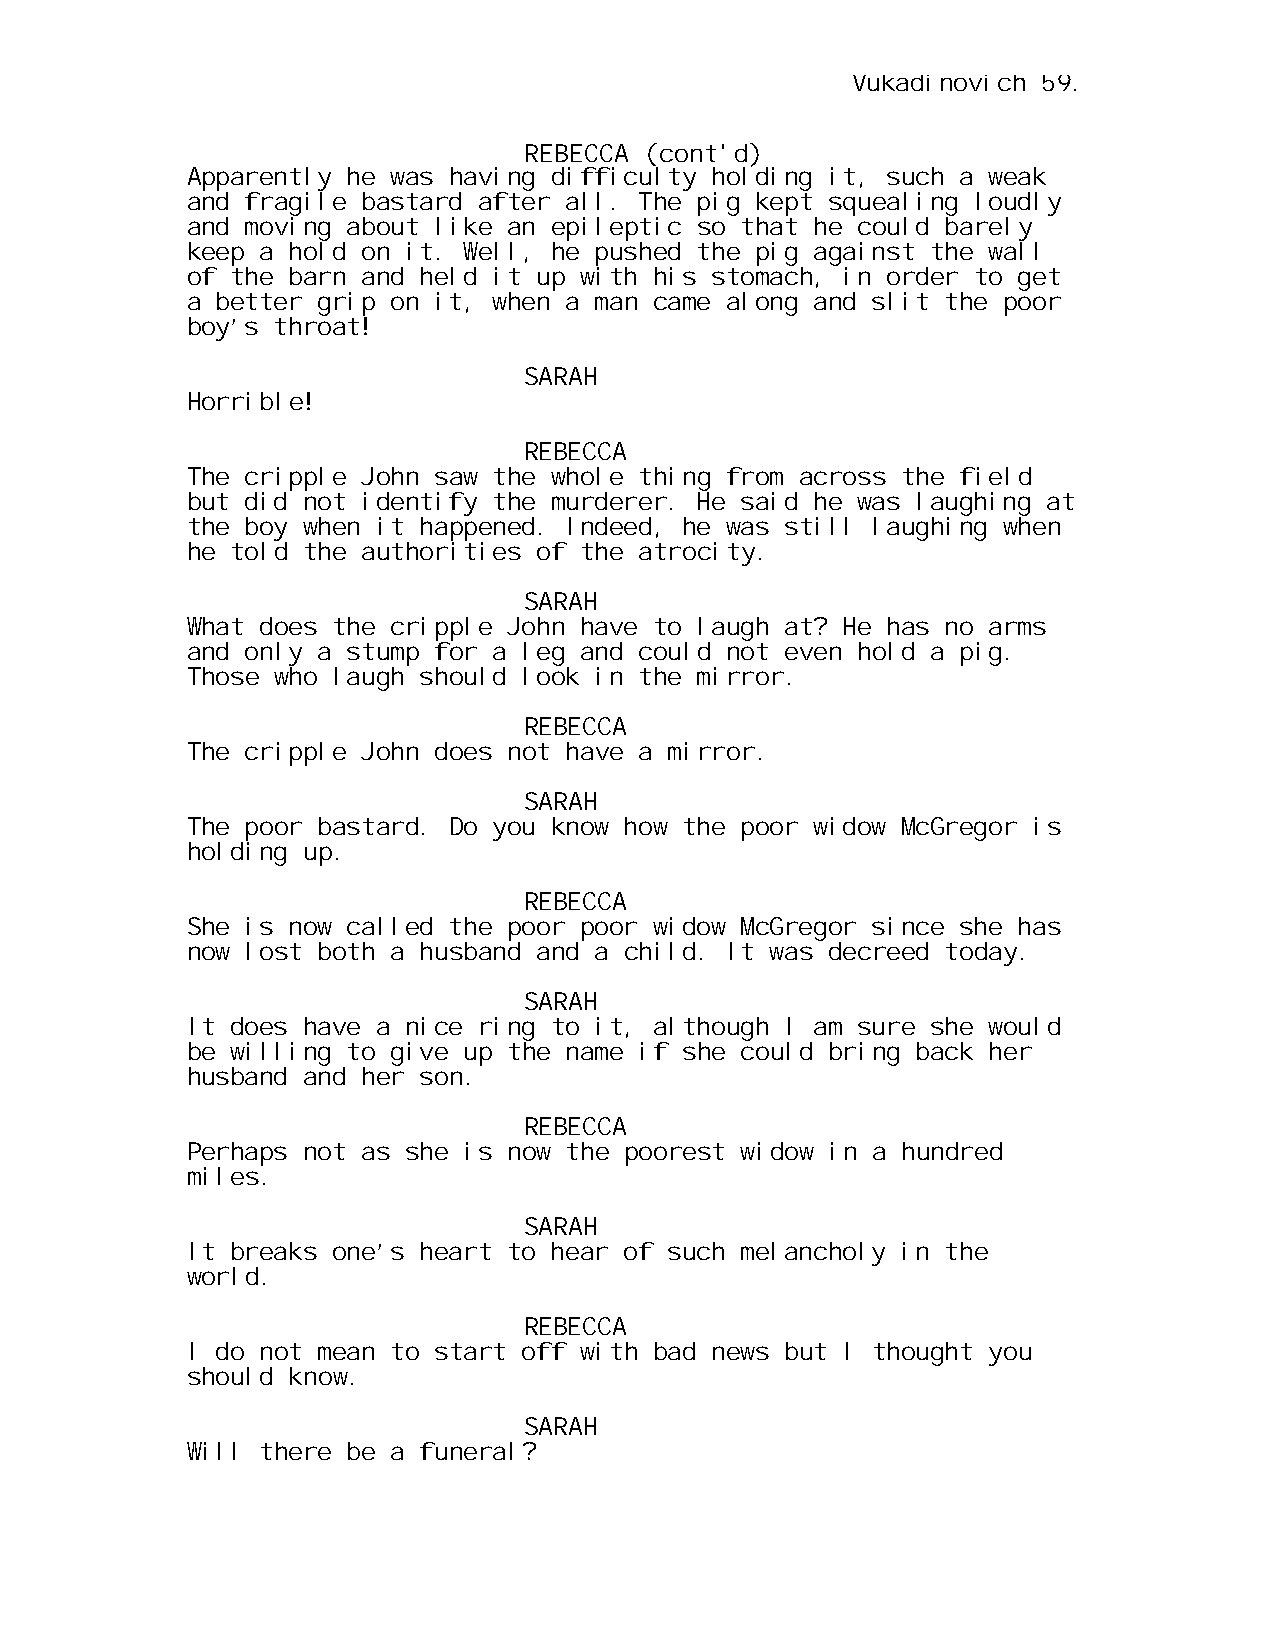
Vukadinovich 59.
 REBECCA (cont'd)
 Apparently he was having difficulty holding it, such a weak
 and fragile bastard after all. The pig kept squealing loudly
 and moving about like an epileptic so that he could barely
 keep a hold on it. Well, he pushed the pig against the wall
 of the barn and held it up with his stomach, in order to get
 a better grip on it, when a man came along and slit the poor
 boy’s throat!
 SARAH
 Horrible!
 REBECCA
 The cripple John saw the whole thing from across the field
 but did not identify the murderer. He said he was laughing at
 the boy when it happened. Indeed, he was still laughing when
 he told the authorities of the atrocity.
 SARAH
 What does the cripple John have to laugh at? He has no arms
 and only a stump for a leg and could not even hold a pig.
 Those who laugh should look in the mirror.
 REBECCA
 The cripple John does not have a mirror.
 SARAH
 The poor bastard. Do you know how the poor widow McGregor is
 holding up.
 REBECCA
 She is now called the poor poor widow McGregor since she has
 now lost both a husband and a child. It was decreed today.
 SARAH
 It does have a nice ring to it, although I am sure she would
 be willing to give up the name if she could bring back her
 husband and her son.
 REBECCA
 Perhaps not as she is now the poorest widow in a hundred
 miles.
 SARAH
 It breaks one’s heart to hear of such melancholy in the
 world.
 REBECCA
 I do not mean to start off with bad news but I thought you
 should know.
 SARAH
 Will there be a funeral?